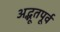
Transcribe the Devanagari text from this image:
अद्भूतपूर्व